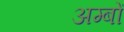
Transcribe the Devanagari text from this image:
अम्बों